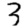
Digit: 3